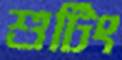
শুটিং